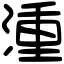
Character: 湩